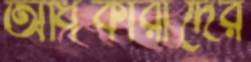
অধিকারীদের